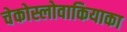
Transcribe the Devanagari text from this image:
चेकोस्लोवाकियाका